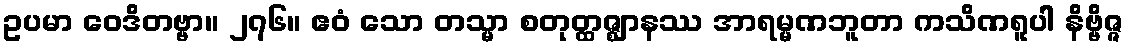
ဥပမာ ဝေဒိတဗ္ဗာ။ ၂၇၆။ ဧဝံ သော တသ္မာ စတုတ္ထဇ္ဈာနဿ အာရမ္မဏဘူတာ ကသိဏရူပါ နိဗ္ဗိဇ္ဇ